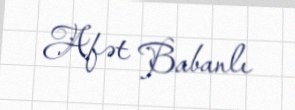
Afət Babanlı